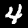
Digit: 4